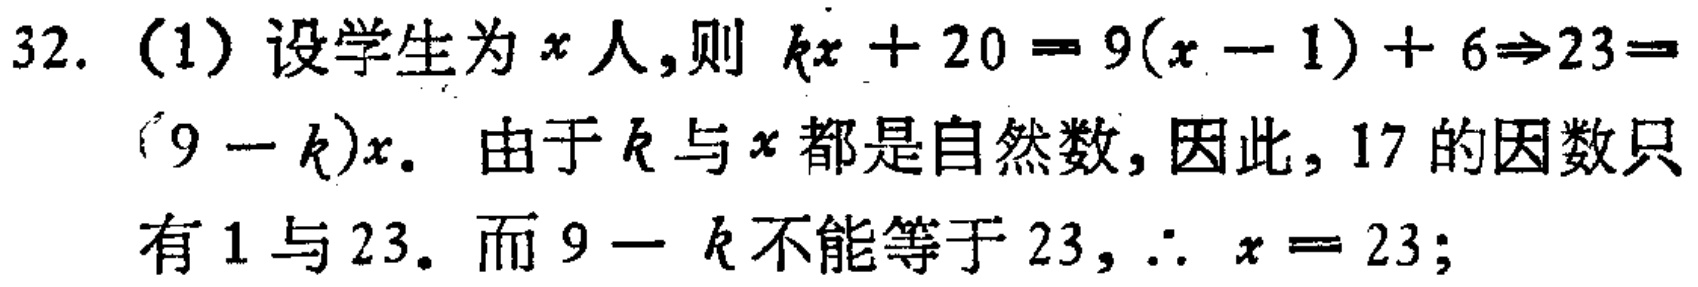
32. (1) 设学生为\(x\)人,则 \(kx + 20 = 9(x - 1) + 6\Rightarrow23=(9 - k)x\). 由于\(k\)与\(x\)都是自然数, 因此, 17 的因数只有 1 与 23. 而\(9 - k\)不能等于 23, \(\therefore x = 23\);